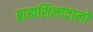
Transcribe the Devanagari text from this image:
ब्राह्मशिलावालों